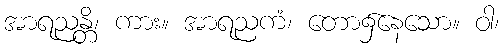
အာရညန္တိ၊ ကား။ အာရညကံ၊ တော၌နေသော။ ဝါ၊